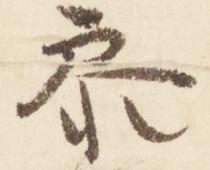
参